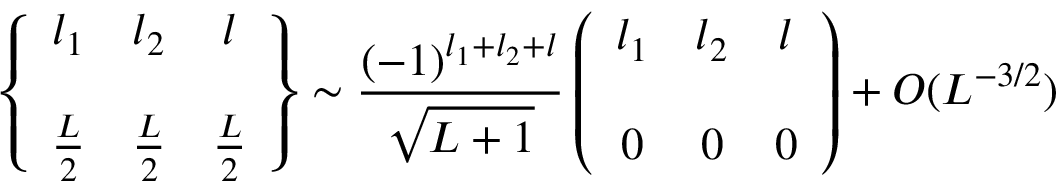
\left\{ \begin{array} { c c c } { { l _ { 1 } } } & { { l _ { 2 } } } & { { l } } \\ { { { } } } & { { { } } } & { { } } \\ { { { \frac { L } { 2 } } } } & { { { \frac { L } { 2 } } } } & { { { \frac { L } { 2 } } } } \end{array} \right\} \sim { \frac { ( - 1 ) ^ { l _ { 1 } + l _ { 2 } + l } } { \sqrt { L + 1 } } } \left( \begin{array} { c c c } { { l _ { 1 } } } & { { l _ { 2 } } } & { { l } } \\ { { { } } } & { { { } } } & { { } } \\ { { 0 } } & { { 0 } } & { { 0 } } \end{array} \right) + O ( L ^ { - 3 / 2 } )